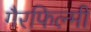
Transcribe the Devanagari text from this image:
गैरफिल्मी